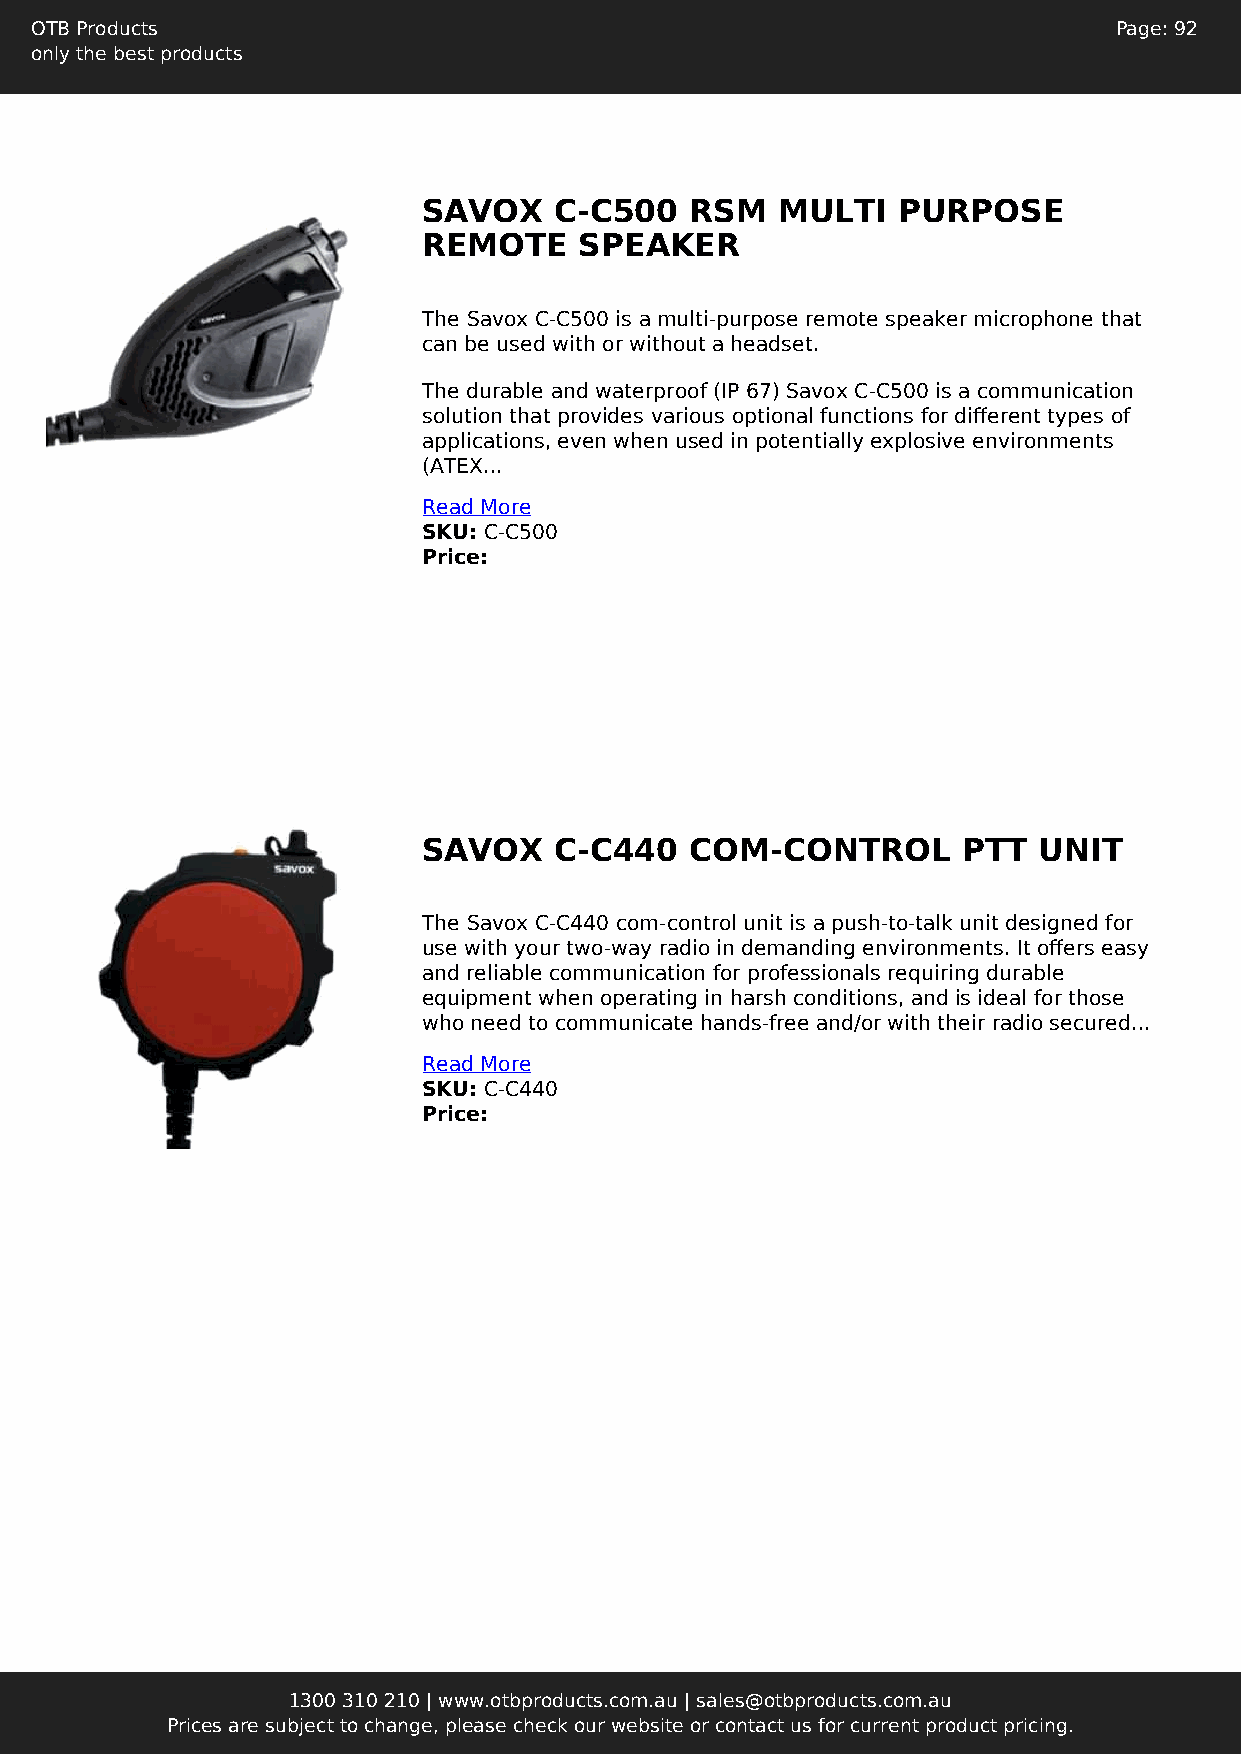
OTB Products                                                            Page: 92
 only the best products
 SAVOX    C-C500   RSM   MULTI  PURPOSE
 REMOTE    SPEAKER
 The Savox C-C500 is a multi-purpose remote speaker microphone that
 can be used with or without a headset.
 The durable and waterproof (IP 67) Savox C-C500 is a communication
 solution that provides various optional functions for different types of
 applications, even when used in potentially explosive environments
 (ATEX...
 Read More
 SKU: C-C500
 Price:
 SAVOX    C-C440   COM-CONTROL       PTT  UNIT
 The Savox C-C440 com-control unit is a push-to-talk unit designed for
 use with your two-way radio in demanding environments. It offers easy
 and reliable communication for professionals requiring durable
 equipment when operating in harsh conditions, and is ideal for those
 who need to communicate hands-free and/or with their radio secured...
 Read More
 SKU: C-C440
 Price:
 1300 310 210 | www.otbproducts.com.au | sales@otbproducts.com.au
 Prices are subject to change, please check our website or contact us for current product pricing.